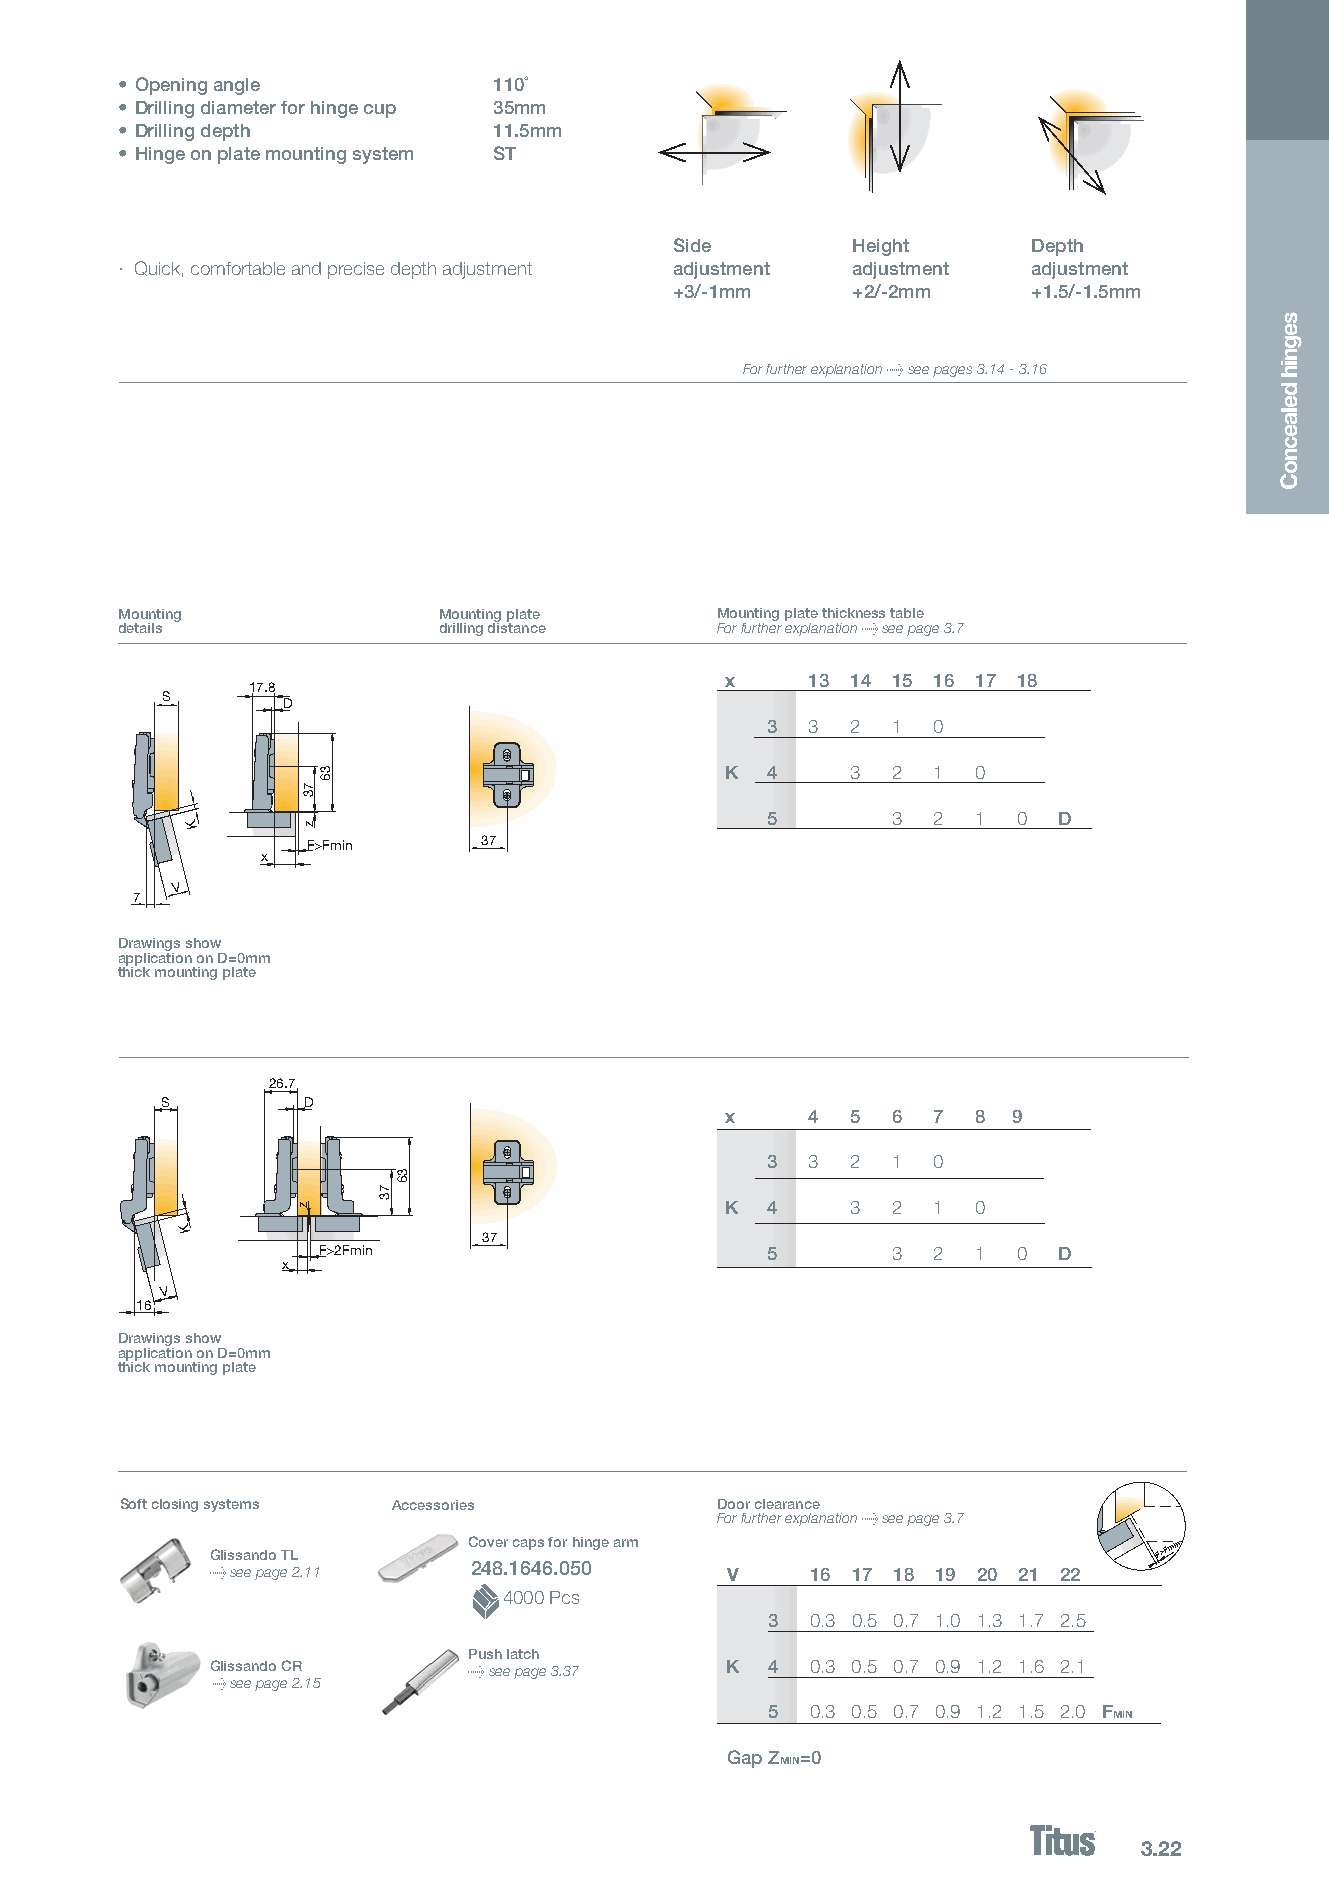
• Opening angle          110˚
 • Drilling diameter for hinge cup 35mm
 • Drilling depth         11.5mm
 • Hinge on plate mounting system ST
 Side       Height      Depth
 · Quick, comfortable and precise depth adjustment adjustment adjustment adjustment
 +3/-1mm    +2/-2mm     +1.5/-1.5mm
 For further explanation > see pages 3.14 - 3.16
 Mounting             Mounting plate    Mounting plate thickness table
 details              drilling distance For further explanation > see page 3.7
 x     13 14 15 16 17 18
 17.8 17.8
 S S
 D D
 3  3 2  1  0
 K  4    3  2  1  0
 5       3  2  1 0  D
 K  K
 F>FmiFn>Fmin 37 37
 x  x
 V  V
 7 7
 Drawings show
 application on D=0mm
 thick mounting plate
 262.76.7
 SS       DD
 x     4 5  6  7  8 9
 3  3 2  1  0
 K  4    3  2  1  0
 KK
 F>F2>F2mFinmin
 3737
 5       3  2  1 0  D
 x x
 V V
 1616
 Drawings show
 application on D=0mm
 thick mounting plate
 Legend of hinge cup symbols
 Soft closing systems Accessories       Door clearance
 For further explanation > see page 3.7
 Glissando TL
 Cover caps for hinge arm                      F>Fmin
 > see page 2.11  248.1646.050     V     16 17 18 19 20 21 22
 4000 Pcs
 3  0.3 0.5 0.7 1.0 1.3 1.7 2.5
 Push latch
 Glissando CR     > see page 3.37  K  4  0.3 0.5 0.7 0.9 1.2 1.6 2.1
 > see page 2.15
 5  0.3 0.5 0.7 0.9 1.2 1.5 2.0 F
 MIN
 Gap Z =0
 MIN
 3.22
 z
 73
 z
 z
 36
 73
 z
 36
 73
 36
 73
 36
 segnih
 delaecnoC